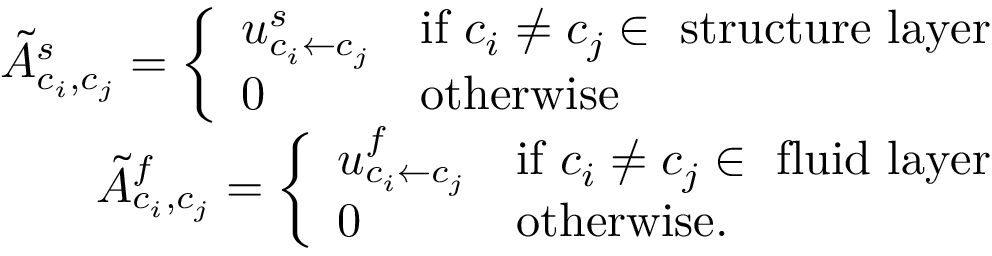
\begin{array} { r } { \tilde { A } _ { c _ { i } , c _ { j } } ^ { s } = \left\{ \begin{array} { l l } { u _ { { c _ { i } } \leftarrow { c _ { j } } } ^ { s } } & { \mathrm { i f ~ } c _ { i } \neq c _ { j } \in ~ \mathrm { s t r u c t u r e ~ l a y e r } } \\ { 0 } & { \mathrm { o t h e r w i s e } } \end{array} \right. } \\ { \tilde { A } _ { c _ { i } , c _ { j } } ^ { f } = \left\{ \begin{array} { l l } { u _ { { c _ { i } } \leftarrow { c _ { j } } } ^ { f } } & { \mathrm { i f ~ } c _ { i } \neq c _ { j } \in ~ \mathrm { f l u i d ~ l a y e r } } \\ { 0 } & { \mathrm { o t h e r w i s e } . } \end{array} \right. } \end{array}